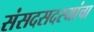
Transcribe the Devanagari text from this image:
संसदसदस्यांचा